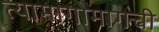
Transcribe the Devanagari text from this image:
त्यामागोमागची